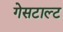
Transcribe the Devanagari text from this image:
गेसटाल्ट